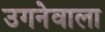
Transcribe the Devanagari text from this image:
उगनेवाला